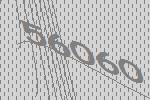
56060